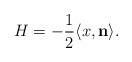
LaTeX: \begin{align*}H=-\frac12\langle x, {\bf n}\rangle.\end{align*}